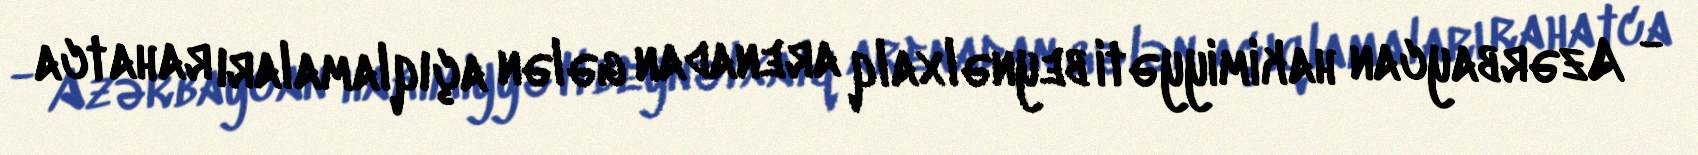
- Azərbaycan hakimiyyəti beynəlxalq arenadan gələn açıqlamaları rahatca